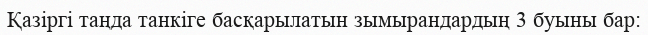
Қазіргі таңда танкіге басқарылатын зымырандардың 3 буыны бар: